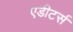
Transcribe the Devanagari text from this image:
एडीटर्स